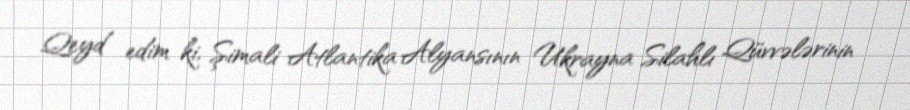
Qeyd edim ki, Şimali Atlantika Alyansının Ukrayna Silahlı Qüvvələrinin